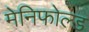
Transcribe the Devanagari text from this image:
मेनिफोल्ड